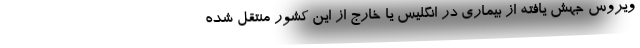
ویروس جهش یافته از بیماری در انگلیس یا خارج از این کشور منتقل شده